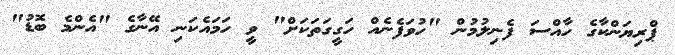
ޕްރިޔަންކާގެ ހާއްސަ ފެނިލުމުން "ހުވަފެނެއް ހަގީގަތަކަށް" ވީ ހަމައެކަނި އޭނާގެ "އެންމެ ބޮޑު"